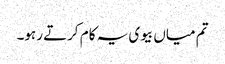
تم میاں بیوی یہ کام کرتے رہو۔